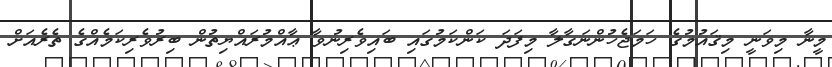
މީނާ މިވަނީ މިޤައުމުގެ ހަމަޖެހުންނަގާލާ މިފަދަ ކަންކަމުގައި ބައިވެރިނުވާ ޢާއްމުރައްޔިތުން ބިރުވެރިކަމެއްގެ ތެރެއަށް